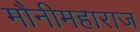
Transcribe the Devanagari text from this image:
मौनीमहाराज